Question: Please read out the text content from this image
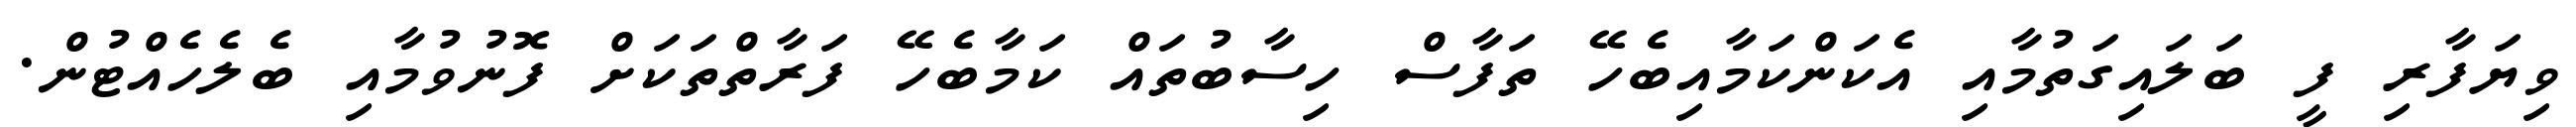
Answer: ވިޔަފާރި ފީ ބަލައިގަތުމާއި އެކަންކަމާއިބެހޭ ތަފާސް ހިސާބުތައް ކަމާބެހޭ ފަރާތްތަކަށް ފޮނުވުމާއި ބެލެހެއްޓުން.